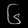
Digit: ၆